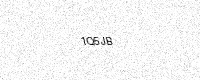
Text: 1Q5JB